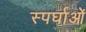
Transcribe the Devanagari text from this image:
स्पर्घाओं